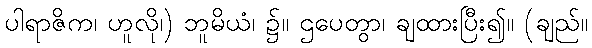
ပါရာဇိက၊ ဟူလို၊) ဘူမိယံ၊ ၌။ ဌပေတွာ၊ ချထားပြီး၍။ (ချည်။